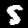
Digit: 5